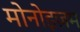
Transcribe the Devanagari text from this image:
मोनोइज़म